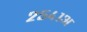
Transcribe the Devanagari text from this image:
२५४१अ